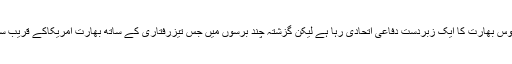
ماضی میں ضرور روس بھارت کا ایک زبردست دفاعی اتحادی رہا ہے لیکن گزشتہ چند برسوں میں جس تیزرفتاری کے ساتھ بھارت امریکاکے قریب سے قریب تر ہوا ہے ۔